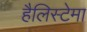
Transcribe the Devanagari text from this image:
हैलिस्टेमा